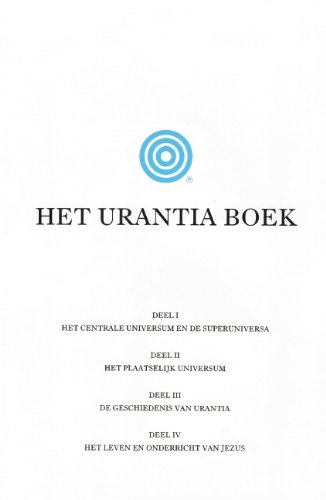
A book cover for Het Urantia Boek (Dutch Edition); Urantia Foundation; Religion & Spirituality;